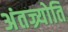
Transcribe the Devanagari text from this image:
अंतज्र्योति